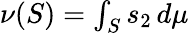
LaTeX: \textstyle\nu(S)=\int_{S}s_{2}\, d\mu